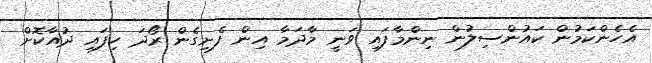
އެހެންކަމުން ކައުންސިލުން ނިންމާފައި ވަނީ މާދަމާ އިން ފެށިގެން ރޯދަ ހިފައި ދުއާކޮށް